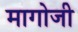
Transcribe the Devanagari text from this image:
मागोजी